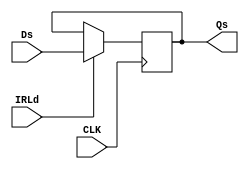
module IR (IRLd, CLK, Ds, Qs ); 
input IRLd; 
input CLK;
input [31:0] Ds; 
output reg [31:0]Qs;
always@(posedge CLK)
	begin
		if(IRLd)
			Qs <= Ds;
	end
endmodule

module MAR (MARLd, CLK, Ds, Qs);
input MARLd;
input CLK; 
input[31:0] Ds;
output reg [31:0] Qs; 
always@(posedge CLK)
	begin
		if(MARLd) begin
		  Qs = Ds;
		end
	end

endmodule

module MDR (MDRLd, CLK, Ds, Qs); 
input MDRLd; 
input CLK;
input [31:0] Ds;
output reg [31:0] Qs;
always@(posedge CLK) 
	begin
	  if(MDRLd)
			Qs = Ds;
	end
endmodule

module FDR (FDRLd, CLK, CLR, Ds, Qs); 
input FDRLd; 
input CLK;
input CLR;
input  [3:0] Ds; 
output reg [3:0] Qs; 
always@(posedge CLK)
	begin 
		if(FDRLd)
			Qs = Ds;
		if(CLR)
			Qs = 0;
	end
endmodule